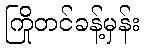
ကြိုတင်ခန့်မှန်း